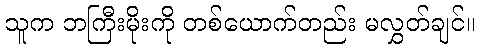
သူက ဘကြီးမိုးကို တစ်ယောက်တည်း မလွှတ်ချင်။